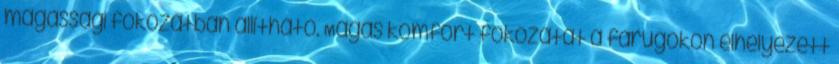
magassági fokozatban állítható. Magas komfort fokozatát a farugókon elhelyezett